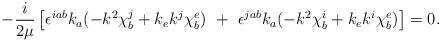
LaTeX: \begin{align*}-\frac{i}{2\mu}\left[ \epsilon^{i a b} k_a (-k^2 \chi^j_b +k_e k^j \chi^e_b)~ +~ \epsilon^{j a b}k_a (-k^2 \chi^i_b+ k_e k^i \chi^e_b)\right] = 0.\end{align*}